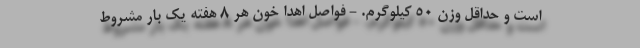
است و حداقل وزن ۵۰ کیلوگرم. - فواصل اهدا خون هر ۸ هفته یک بار مشروط